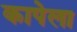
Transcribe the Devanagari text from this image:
कापेला